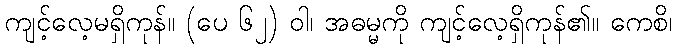
ကျင့်လေ့မရှိကုန်။ (ပေ ၆၂) ဝါ၊ အဓမ္မကို ကျင့်လေ့ရှိကုန်၏။ ကေစိ၊